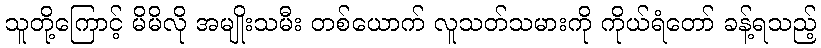
သူတို့ကြောင့် မိမိလို အမျိုးသမီး တစ်ယောက် လူသတ်သမားကို ကိုယ်ရံတော် ခန့်ရသည့်